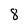
Character: 8